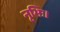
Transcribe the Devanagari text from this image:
नृभिः।